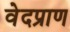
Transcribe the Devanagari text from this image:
वेदप्राण